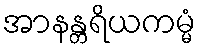
အာနန္တရိယကမ္မံ